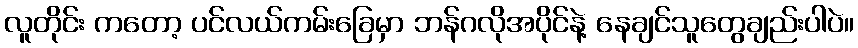
လူတိုင်း ကတော့ ပင်လယ်ကမ်းခြေမှာ ဘန်ဂလိုအပိုင်နဲ့ နေချင်သူတွေချည်းပါပဲ။